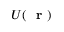
U ( \mathrm { ~ \bf ~ r ~ } )